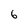
Character: 6